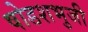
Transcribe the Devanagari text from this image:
षोडशभुजी